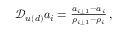
\begin{array} { r } { \mathcal { D } _ { u ( d ) } a _ { i } = \frac { a _ { i \pm 1 } - a _ { i } } { \rho _ { i \pm 1 } - \rho _ { i } } \, , } \end{array}